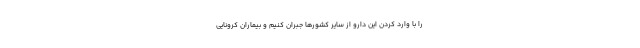
را با وارد کردن این دارو از سایر کشورها جبران کنیم و بیماران کرونایی